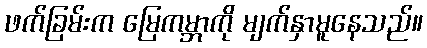
ဖက်ခြမ်းက မြေကမ္ဘာကို မျက်နှာမူနေသည်။